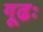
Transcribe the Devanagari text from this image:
गूढः